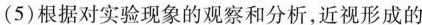
(5)根据对实验现象的观察和分析，近视形成的